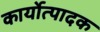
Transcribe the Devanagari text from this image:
कार्योत्पादक